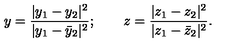
y = \frac { | y _ { 1 } - y _ { 2 } | ^ { 2 } } { | y _ { 1 } - { \bar { y } _ { 2 } } | ^ { 2 } } ; \qquad z = \frac { | z _ { 1 } - z _ { 2 } | ^ { 2 } } { | z _ { 1 } - { \bar { z } _ { 2 } } | ^ { 2 } } .